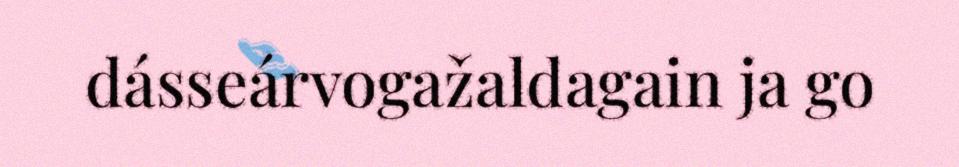
dásseárvogažaldagain ja go